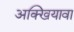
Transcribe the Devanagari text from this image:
अक्खियावा